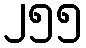
၂၅၅